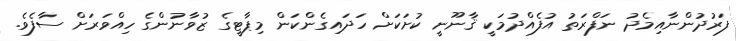
ފަރުދުންނާއިމެދު ނަފްރަތު އުފެއްދުމަކީ ޤާނޫނީ ކުށަކަށް ހަދައިގެންކަން މިޕާޓީގެ ޒުވާނުންގެ ހިއްވަރަށް ސާފެވެ.